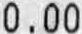
0.00